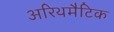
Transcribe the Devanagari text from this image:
अरिथमैटिक